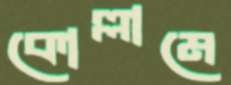
কোল্লামে